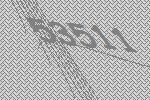
53511